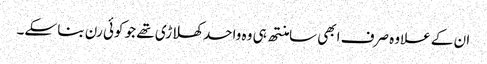
ان کے علاوہ صرف ابھی سامنتھ ہی وہ واحد کھلاڑی تھے جو کوئی رن بنا سکے۔